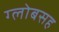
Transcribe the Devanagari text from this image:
ग्लोबसह